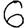
Digit: 6